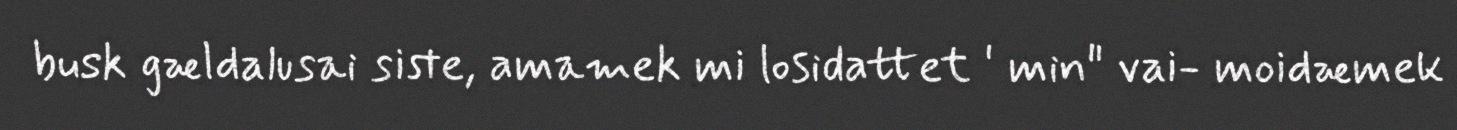
busk gældalusai siste, amamek mi losidattet ' min" vai- moidæmek